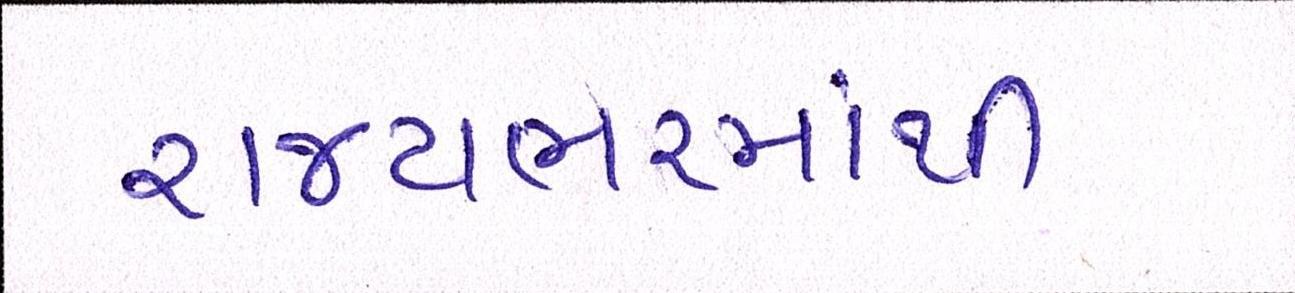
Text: રાજયભરમાંથી